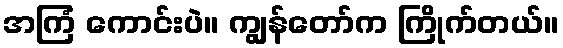
အကြံ ကောင်းပဲ။ ကျွန်တော်က ကြိုက်တယ်။